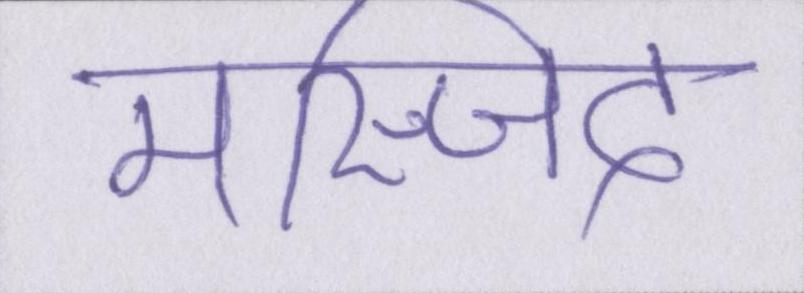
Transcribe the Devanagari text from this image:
मस्जिद